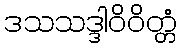
ဒသသဒ္ဒါဝိဝိတ္တံ